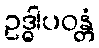
ဥဒ္ဓါပဝန္တံ